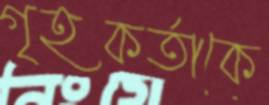
গৃহকর্তাকে